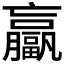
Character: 𫢄